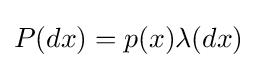
P(dx)=p(x)\lambda (dx)